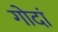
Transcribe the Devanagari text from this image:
गोदां